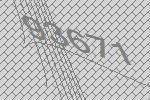
93671